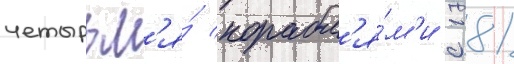
четырьм'я́ корабл'я́м'и с 181